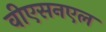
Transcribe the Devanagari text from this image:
वीएसनएल